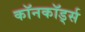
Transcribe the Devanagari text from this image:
कॉनकॉर्ड्स